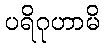
ပရိဂုဟာမိ